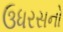
ઉધરસનો